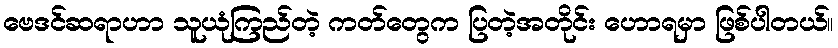
ဗေဒင်ဆရာဟာ သူယုံကြည်တဲ့ ကတ်တွေက ပြတဲ့အတိုင်း ဟောရမှာ ဖြစ်ပါတယ်။